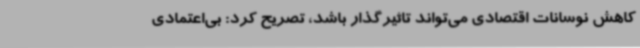
کاهش نوسانات اقتصادی می‌تواند تاثیرگذار باشد، تصریح کرد: بی‌اعتمادی